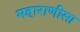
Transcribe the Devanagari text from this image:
महाराणीसा